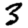
Digit: 3